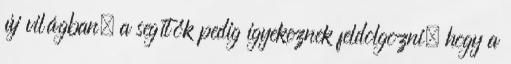
új világban, a segítők pedig igyekeznek feldolgozni, hogy a